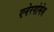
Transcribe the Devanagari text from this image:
एनेरगोमेश